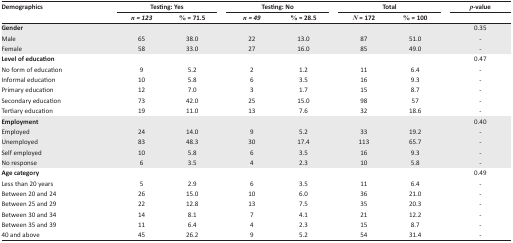
| <ROWSPAN=3> Demographics | <COLSPAN=2> Testing: Yes | <COLSPAN=2> Testing: No | <COLSPAN=2> Total | p-value |
 | n = 123 | % = 71.5 | n = 49 | % = 28.5 | N = 172 | % = 100 |  |
 | --- | --- | --- | --- | --- | --- | --- | --- |
 | Gender |  |  |  |  |  |  | 0.35 |
 | Male | 65 | 38.0 | 22 | 13.0 | 87 | 51.0 | - |
 | Female | 58 | 33.0 | 27 | 16.0 | 85 | 49.0 | - |
 | Level of education |  |  |  |  |  |  | 0.47 |
 | No form of education | 9 | 5.2 | 2 | 1.2 | 11 | 6.4 | - |
 | Informal education | 10 | 5.8 | 6 | 3.5 | 16 | 9.3 | - |
 | Primary education | 12 | 7.0 | 3 | 1.7 | 15 | 8.7 | - |
 | Secondary education | 73 | 42.0 | 25 | 15.0 | 98 | 57 | - |
 | Tertiary education | 19 | 11.0 | 13 | 7.6 | 32 | 18.6 | - |
 | Employment |  |  |  |  |  |  | 0.40 |
 | Employed | 24 | 14.0 | 9 | 5.2 | 33 | 19.2 | - |
 | Unemployed | 83 | 48.3 | 30 | 17.4 | 113 | 65.7 | - |
 | Self employed | 10 | 5.8 | 6 | 3.5 | 16 | 9.3 | - |
 | No response | 6 | 3.5 | 4 | 2.3 | 10 | 5.8 | - |
 | Age category |  |  |  |  |  |  | 0.49 |
 | Less than 20 years | 5 | 2.9 | 6 | 3.5 | 11 | 6.4 | - |
 | Between 20 and 24 | 26 | 15.0 | 10 | 6.0 | 36 | 21.0 | - |
 | Between 25 and 29 | 22 | 12.8 | 13 | 7.5 | 35 | 20.3 | - |
 | Between 30 and 34 | 14 | 8.1 | 7 | 4.1 | 21 | 12.2 | - |
 | Between 35 and 39 | 11 | 6.4 | 4 | 2.3 | 15 | 8.7 | - |
 | 40 and above | 45 | 26.2 | 9 | 5.2 | 54 | 31.4 | - |